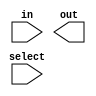
module mux_2to1(input [1:0]in,input select,output out);

    wire a1,a2;
    wire n_s;

    
    
endmodule